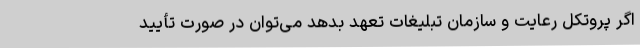
اگر پروتکل رعایت و سازمان تبلیغات تعهد بدهد می‌توان در صورت تأیید